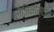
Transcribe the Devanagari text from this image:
लैजिनोस्टोम